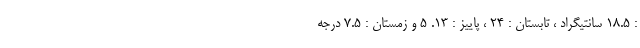
: ۱۸.۵ سانتیگراد ، تابستان : ۲۴ ، پاییز : ۱۳. ۵ و زمستان : ۷.۵ درجه